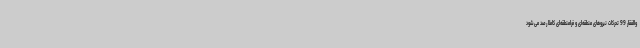
والفقار 99 تحرکات نیروهای منطقه‌ای و فرامنطقه‌ای کاملاً رصد می‌شود